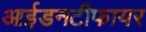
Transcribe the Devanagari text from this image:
आईडनटीफायर